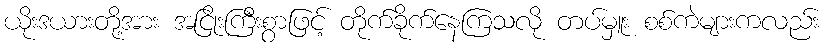
ယိုးဒယားတို့အား အငြိုးကြီးစွာဖြင့် တိုက်ခိုက်နေကြသလို တပ်မှူး စစ်ကဲများကလည်း